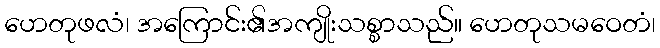
ဟေတုဖလံ၊ အကြောင်း၏အကျိုးသစ္စာသည်။ ဟေတုသမဝေတံ၊